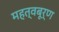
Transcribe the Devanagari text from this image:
महत्वबूर्ण